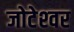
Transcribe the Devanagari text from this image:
जोटेश्‍वर